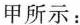
甲所示：